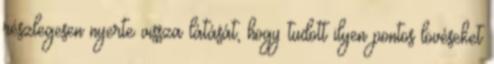
részlegesen nyerte vissza látását, hogy tudott ilyen pontos lövéseket